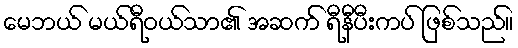
မေဘယ် မယ်ရီဝယ်သာ၏ အဆက် ရီနီပီးကပ် ဖြစ်သည်။